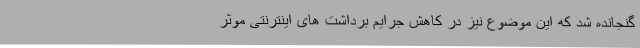
گنجانده شد که این موضوع نیز در کاهش جرایم برداشت های اینترنتی موثر